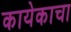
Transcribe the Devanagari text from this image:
कायेकाचा